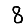
Digit: 8